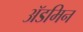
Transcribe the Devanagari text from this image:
ॲडमिन